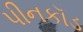
પીનકૉડ